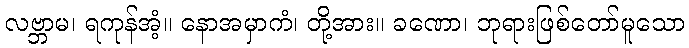
လဗ္ဘာမ၊ ရကုန်အံ့။ နောအမှာကံ၊ တို့အား။ ခဏော၊ ဘုရားဖြစ်တော်မူသော